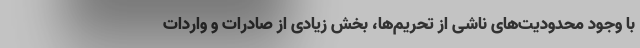
با وجود محدودیت‌های ناشی از تحریم‌ها، بخش زیادی از صادرات و واردات